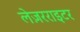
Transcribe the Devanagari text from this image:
लेज़रराइटर